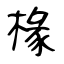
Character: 椽